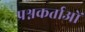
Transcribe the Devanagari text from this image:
प्रश्नकर्ताओं